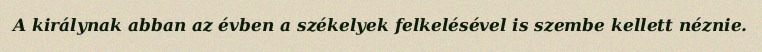
A királynak abban az évben a székelyek felkelésével is szembe kellett néznie.